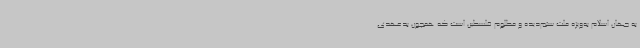
به جهان اسلام به‌ویژه ملت ستم‌دیده و مظلوم فلسطین است که همچون بدعهدی